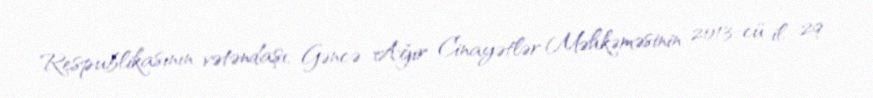
Respublikasının vətəndaşı, Gəncə Ağır Cinayətlər Məhkəməsinin 2013-cü il 29